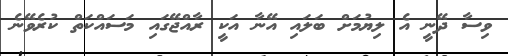
ވިސާ ދޭނީ އެ ލިޔުމަށް ބަލައި އޭނާ އަކީ ރާއްޖޭގައި މަސައްކަތް ކުރެވޭނެ